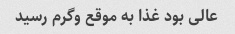
عالی بود غذا به موقع و‌گرم رسید